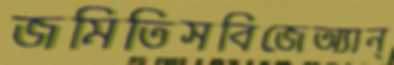
জমিতিসবিজেঅ্যান্